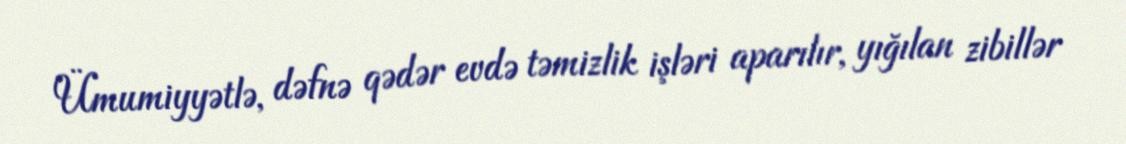
Ümumiyyətlə, dəfnə qədər evdə təmizlik işləri aparılır, yığılan zibillər